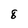
Character: 8